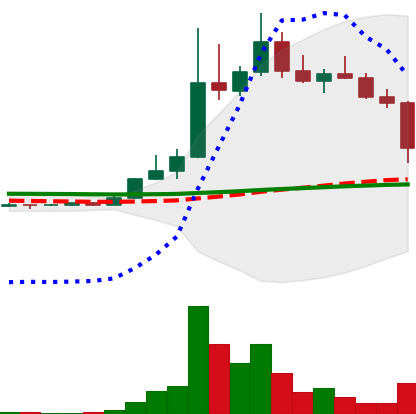
Ticker: DOGE-USD
Chart end date: 2022-11-08
Forward return: -3.978%
Label: down_3_5